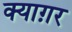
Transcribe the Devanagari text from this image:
क्याग़र